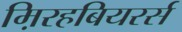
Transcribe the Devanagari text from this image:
म़िरहबियरर्स